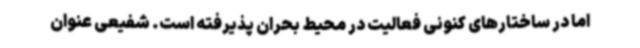
اما در ساختارهای کنونی فعالیت در محیط بحران پذیرفته است. شفیعی عنوان